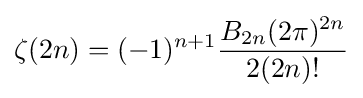
\zeta (2n)=(-1)^{n+1}{\frac {B_{2n}(2\pi )^{2n}}{2(2n)!}}